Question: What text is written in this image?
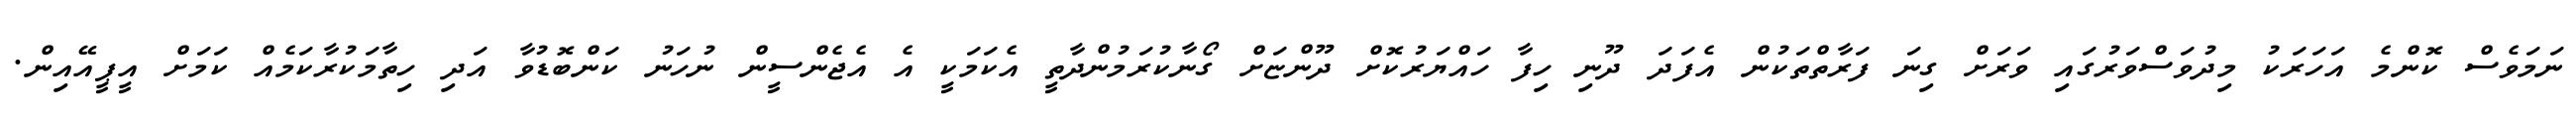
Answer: ނަމަވެސް ކޮންމެ އަހަރަކު މިދުވަސްވަރުގައި ވަރަށް ގިނަ ފަރާތްތަކުން އެފަދަ ދޫނި ހިފާ ހައްޔަރުކޮށް ދޫންޏަށް ގޯނާކުރަމުންދާތީ އެކަމަކީ އެ އެޖެންސީން ނުހަނު ކަންބޮޑުވާ އަދި ހިތާމަކުރާކަމެއް ކަމަށް އީޕީއޭއިން.